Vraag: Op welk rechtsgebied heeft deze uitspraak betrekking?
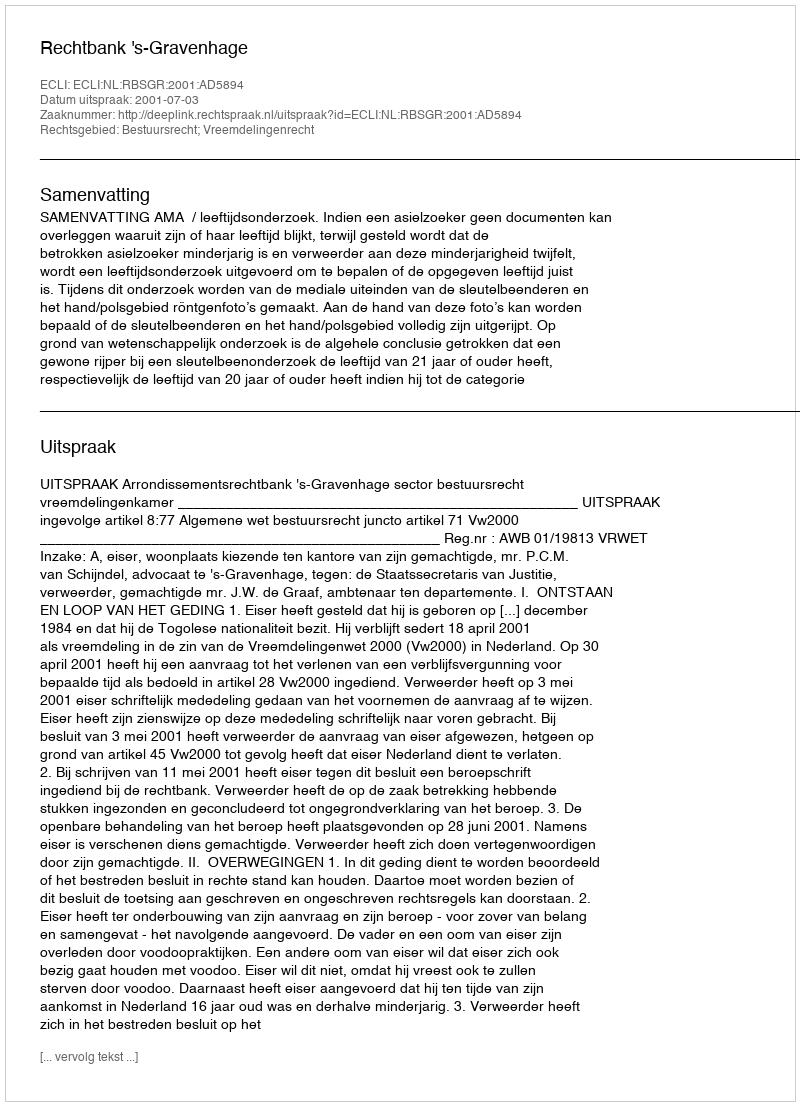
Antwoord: Bestuursrecht; Vreemdelingenrecht